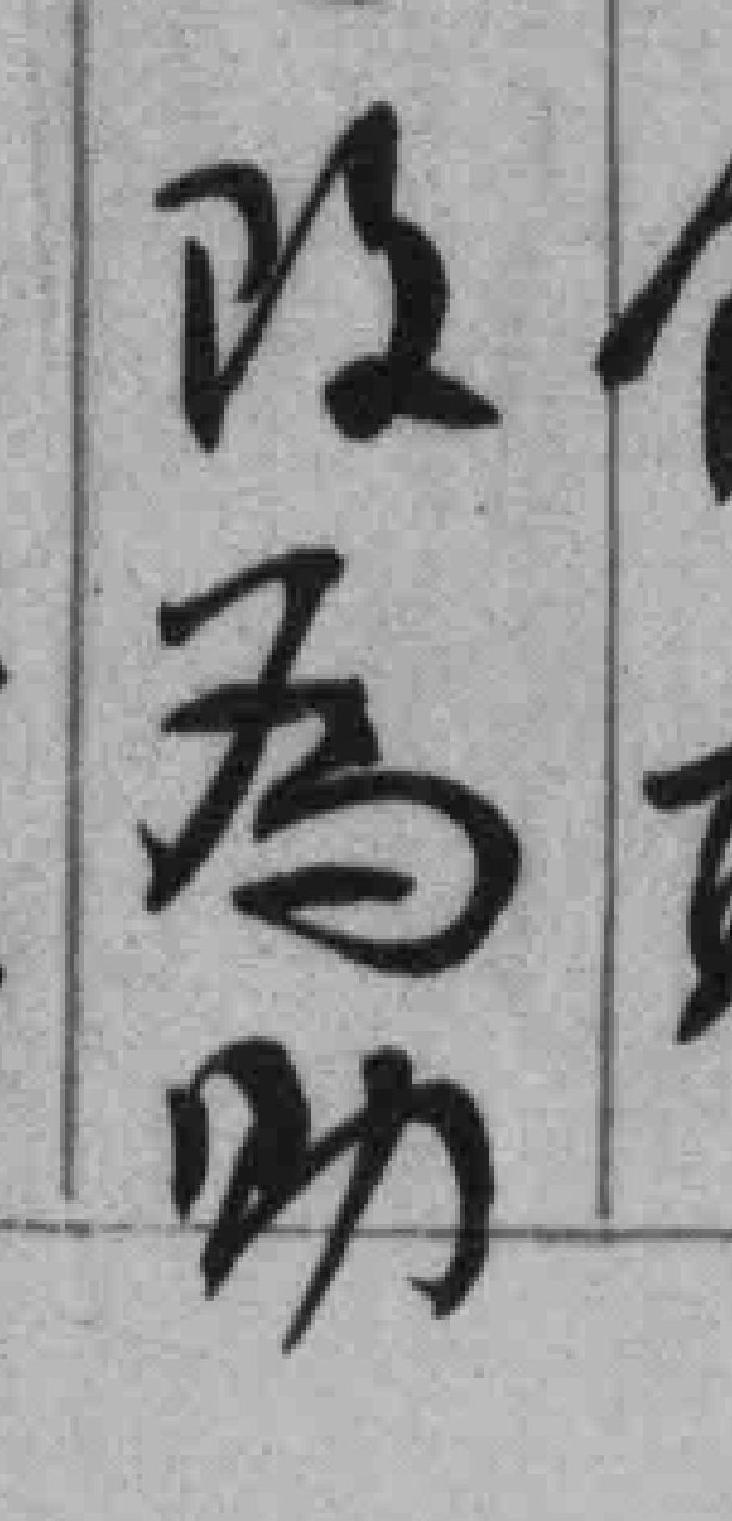
改為助